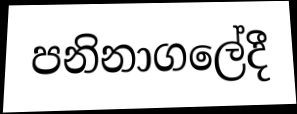
පනිනාගලේදී